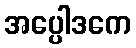
အပ္ပေါဒကေ